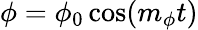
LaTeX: \phi=\phi_{0}\cos(m_{\phi}t)